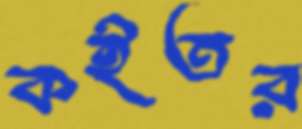
কইতর